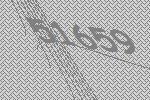
51659